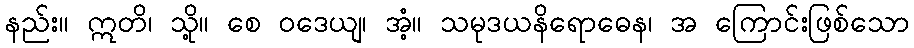
နည်း။ ဣတိ၊ သို့။ စေ ဝဒေယျ၊ အံ့။ သမုဒယနိရောဓေန၊ အ ကြောင်းဖြစ်သော